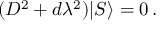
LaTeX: ( { \cal D } ^ { 2 } + d \lambda ^ { 2 } ) | S \rangle = 0 \, .